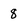
Character: 8